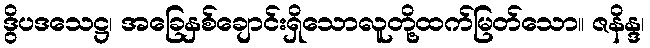
ဒွိပဒသေဋ္ဌ၊ အခြေနှစ်ချောင်းရှိသောလူတို့ထက်မြတ်သော။ ဇနိန္ဒ၊